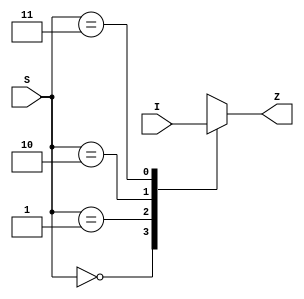
//CH2_4MUX.V

module CH2_4MUX(
	I, S,
	Z
	);
	
input[3:0]I;
input[1:0]S;
output Z;

reg Z;

always @(I, S)
begin
	case(S)
		2'b00: Z <= I[3];
		2'b01: Z <= I[2];
		2'b10: Z <= I[1];
		2'b11: Z <= I[0];
		default: Z <= 0;
	endcase
end

endmodule